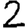
Digit: 2